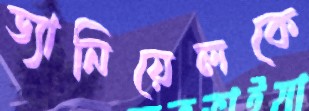
ড্যানিয়েলকে